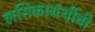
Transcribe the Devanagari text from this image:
लसिकाग्रंथींची